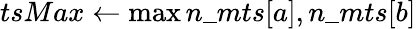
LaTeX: tsMax\gets\operatorname*{max}{n\_ mts[a],n\_ mts[b]}